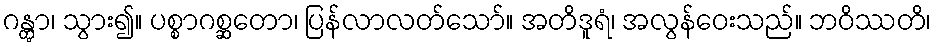
ဂန္တွာ၊ သွား၍။ ပစ္စာဂစ္ဆတော၊ ပြန်လာလတ်သော်။ အတိဒူရံ၊ အလွန်ဝေးသည်။ ဘဝိဿတိ၊